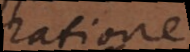
ratione